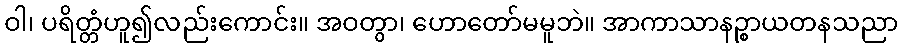
ဝါ၊ ပရိတ္တံဟူ၍လည်းကောင်း။ အဝတွာ၊ ဟောတော်မမူဘဲ။ အာကာသာနဉ္စာယတနသညာ